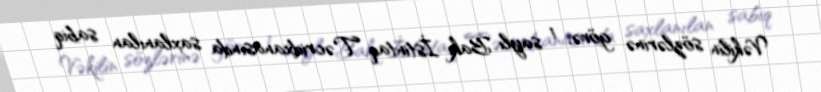
Vəkilin sözlərinə görə, 1 saylı Bakı İstintaq Təcridxanasında saxlanılan sabiq